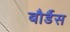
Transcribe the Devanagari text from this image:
बौर्डैस